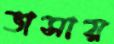
ভাসায়